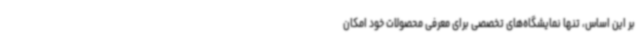
بر این اساس، تنها نمایشگاه‌های تخصصی برای معرفی محصولات خود امکان